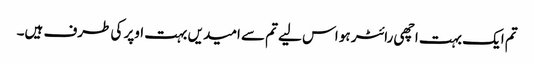
تم ایک بہت اچھی رائٹر ہو اس لیے تم سے امیدیں بہت اوپر کی طرف ہیں۔